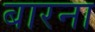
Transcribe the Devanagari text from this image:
बारना